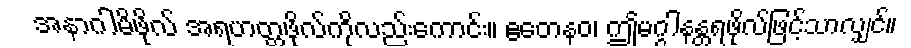
အနာဂါမိဖိုလ် အရဟတ္တဖိုလ်ကိုလည်းကောင်း။ ဧတေနဝ၊ ဤမဂ္ဂါနန္တရဖိုလ်ဖြင့်သာလျှင်။